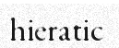
hieratic